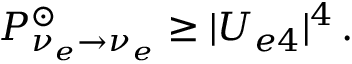
P _ { \nu _ { e } \rightarrow \nu _ { e } } ^ { \odot } \geq | U _ { e 4 } | ^ { 4 } \, .